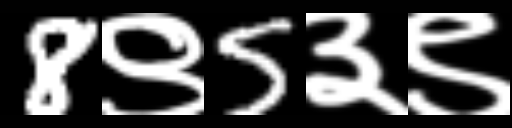
Text: 8९5३९